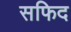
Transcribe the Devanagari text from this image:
सफिद